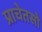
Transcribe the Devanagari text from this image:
प्राचेतसो